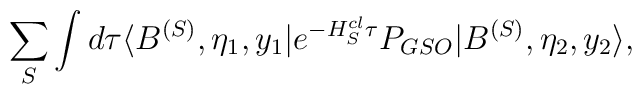
\sum_S  \int d\tau   \langle B^{(S)}, \eta_1,y_1|e^{-H_S^{cl} \tau }P_{GSO} |B^{(S)}, \eta_2,y_2\rangle,